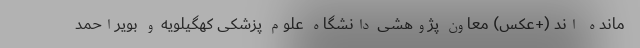
مانده اند (+عکس) معاون پژوهشی دانشگاه علوم پزشکی کهگیلویه و بویراحمد